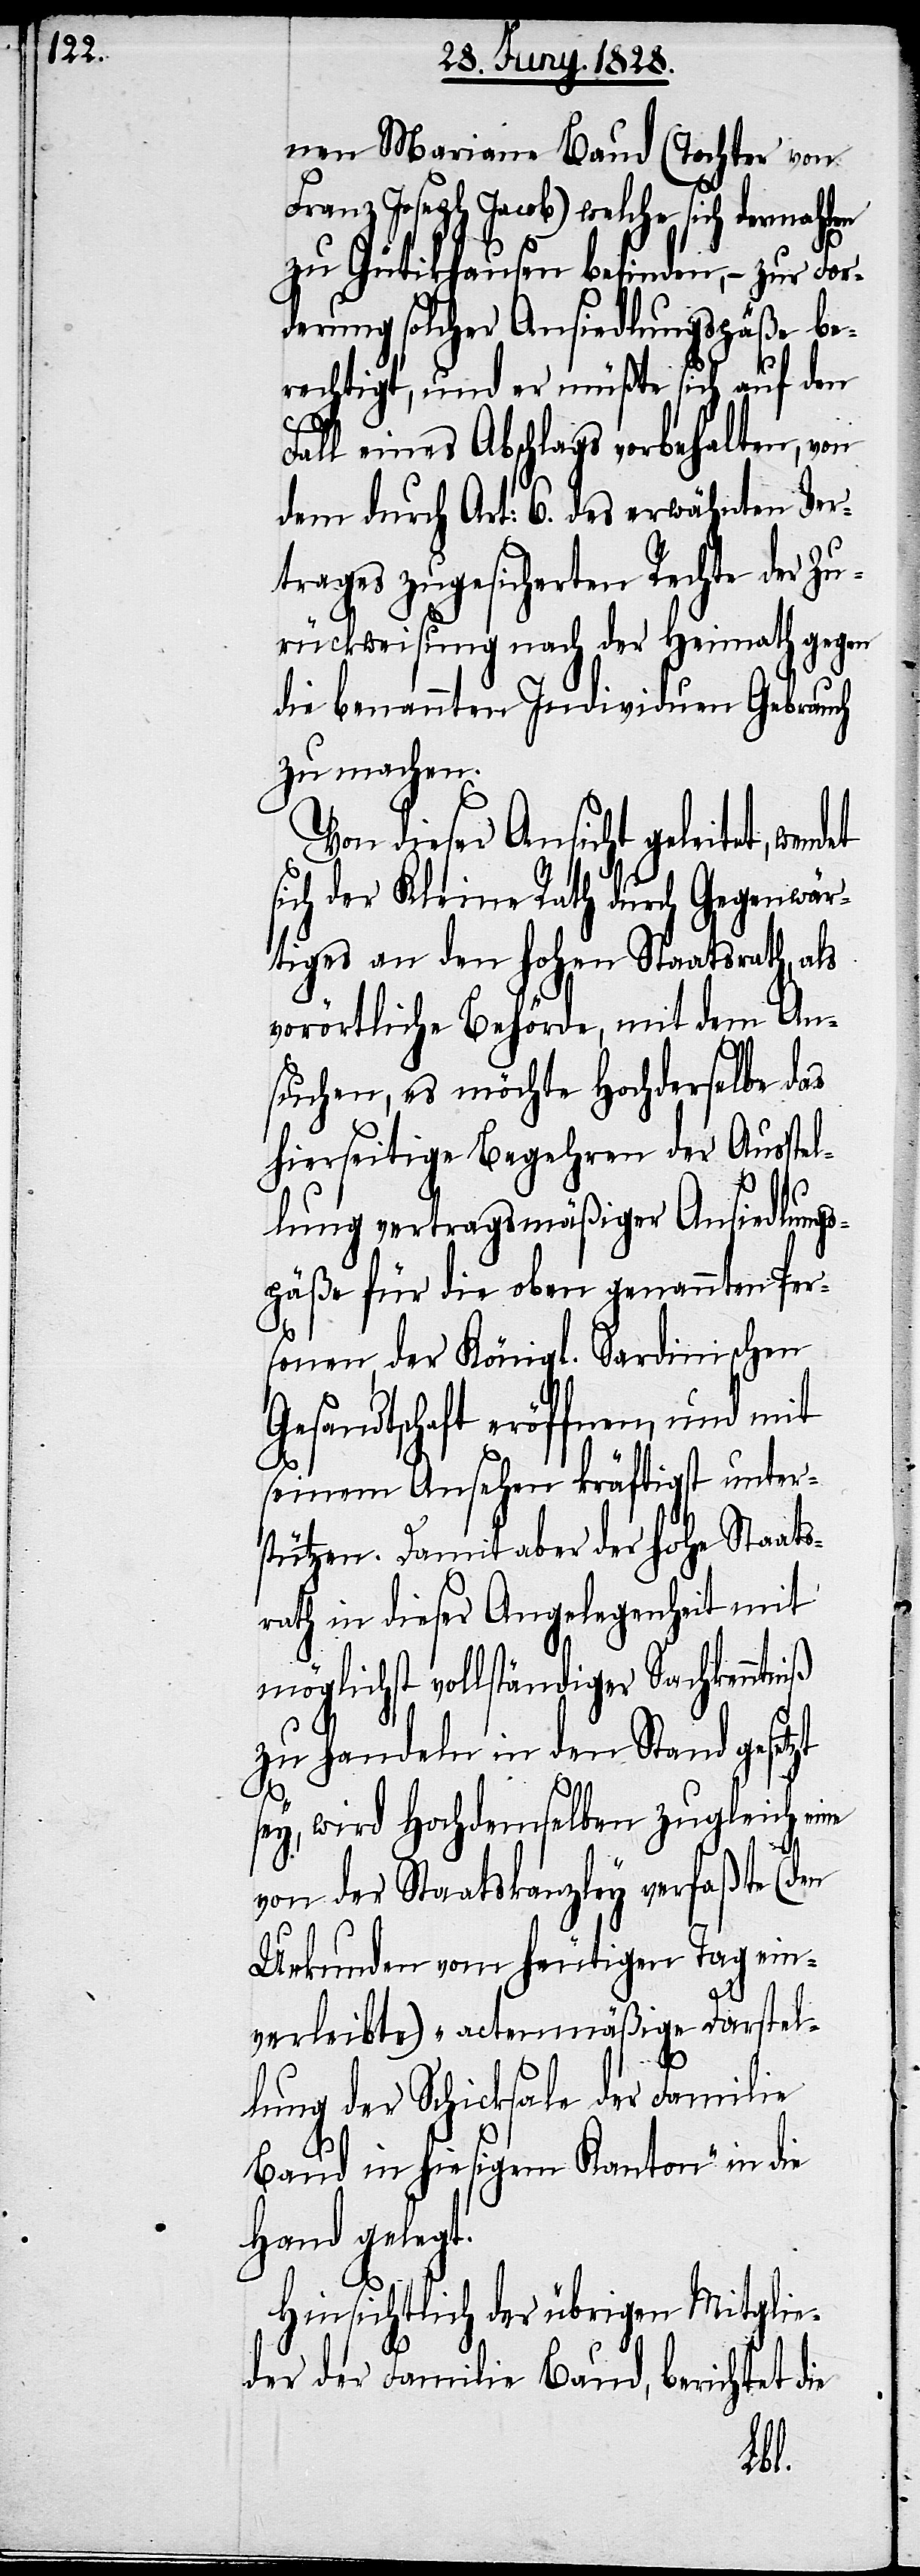
nen Mariane Baud (Tochter von
Franz Joseph Jacob) welche sich dermahlen
zu Gütikhausen befinden, – zur For¬
derung solcher Ansiedlungspäße be¬
rechtigt, und er müßte sich auf den
Fall eines Abschlags vorbehalten, von
dem durch Art: 6. des erwähnten Ver¬
trages zugesicherten Rechte der Zu¬
rückweisung nach der Heimath gegen
die benannten Individuen Gebrauch
zu machen.
Von dieser Ansicht geleitet, wen¬
sich der Kleine Rath durch Gegenwär¬
tiges an den hohen Staatsrath, als
vorörtliche Behörde, mit dem An¬
suchen, es möchte Hochderselbe das
hierseitige Begehren der Ausstel¬
lung vertragsmäßiger Ansiedlungs¬
päße für die oben genannten Per¬
sonen, der Königl. Sardinischen
Gesandtschaft eröffnen, und mit
seinem Ansehen kräftigst unter¬
stützen. Damit aber der hohe Staats¬
rath in dieser Angelegenheit mit
möglichst vollständiger Sachkenntniß
zu handeln in den Stand gesetzt
det
sey, wird Hochdemselben zugleich eine
von der Staatskanzley verfaßte
Urkunden vom heutigen Tag ein¬
verleibte) „actenmäßige Darstel¬
lung der Schicksale der Familie
Baud in hiesigem Kanton“ in die
Hand gelegt.
Hinsichtlich der übrigen Mitglie¬
der der Familie Baud, berichtet die